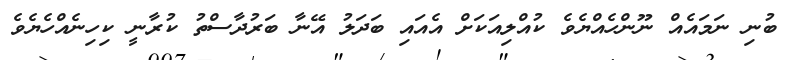
ބުނި ނަމައެެއް ނޫންހެއްޔެވެ ކުއްލިއަކަށް އެއައި ބަދަލު އޭނާ ބަރުދާސްތު ކުރާނީ ކިހިނެއްހެޔެވެ